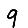
Digit: 9